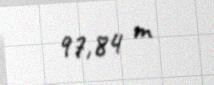
97,84 m